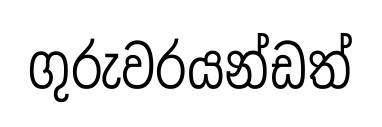
ගුරුවරයන්ඩත්